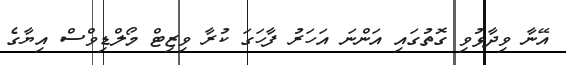
އޭނާ ވިދާޅުވި ގޮތުގައި އަންނަ އަހަރު ފާހަގަ ކުރާ ވިޒިޓް މޯލްޑިވްސް އިޔާގެ